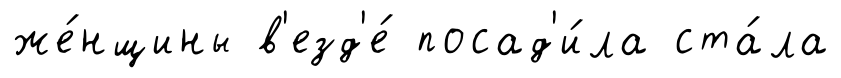
же́нщины в'езд'е́ посад'и́ла ста́ла